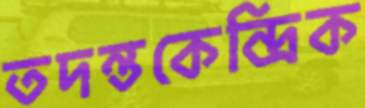
তদন্তকেন্দ্রিক